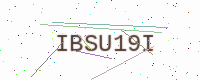
Text: IBSU19I